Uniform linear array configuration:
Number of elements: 48
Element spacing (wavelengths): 0.25
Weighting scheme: exponential
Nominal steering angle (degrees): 60
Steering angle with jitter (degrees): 58.05
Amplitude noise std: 0.05
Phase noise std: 0.05

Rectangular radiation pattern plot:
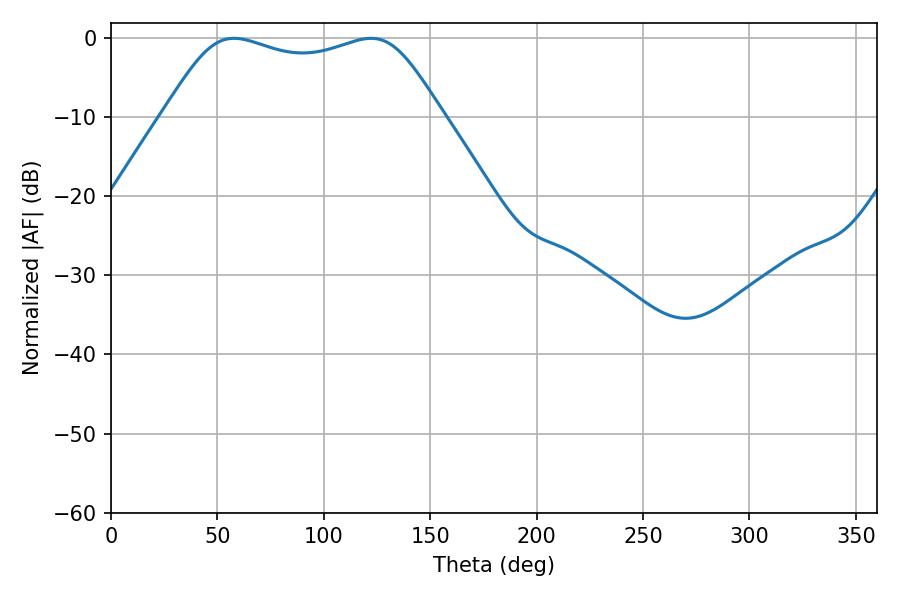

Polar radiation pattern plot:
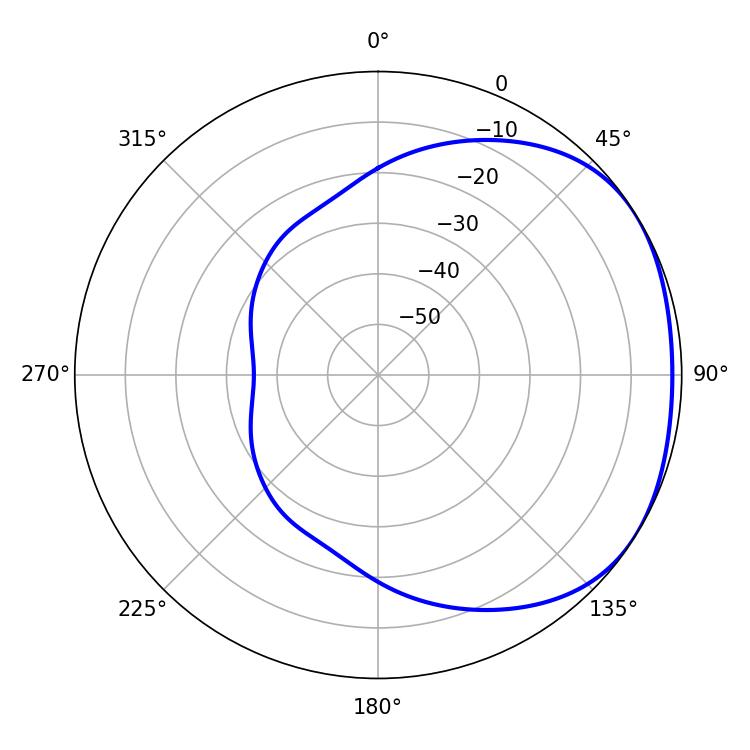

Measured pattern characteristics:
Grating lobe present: FALSE
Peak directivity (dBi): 1.772
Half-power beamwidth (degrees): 100.08
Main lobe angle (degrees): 57.78